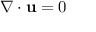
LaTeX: \nabla \cdot \mathbf { u } = 0